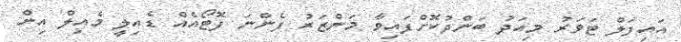
އައިފަލް ޓަވަރު މިއަދު ބަންދުކޮށްފައިވާ މަންޒަރު ފެންނަ ފޮޓޯއެއް ޑެއިލީ މެއިލް އިން